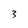
Character: 3